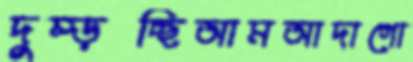
দুম্‌ড়চ্ছিআমআদাগো